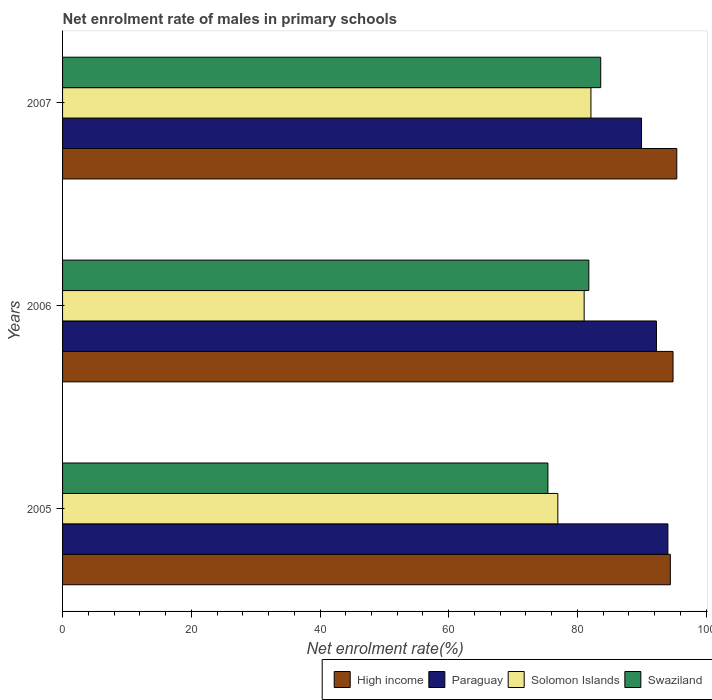
| Years | High income | Paraguay | Solomon Islands | Swaziland |
 | --- | --- | --- | --- | --- |
 | 2005 | 94.4 | 94.1 | 77 | 75.4 |
 | 2006 | 94.9 | 92.3 | 81 | 81.8 |
 | 2007 | 95.4 | 90 | 82.1 | 83.6 |